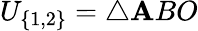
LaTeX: U_{\{ 1,2\} }=\triangle\mathbf{A}BO